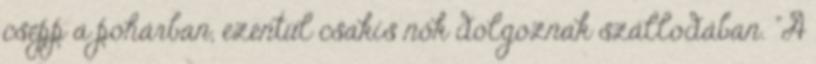
csepp a pohárban, ezentúl csakis nők dolgoznak szállodában. "A